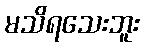
မသိရသေးဘူး